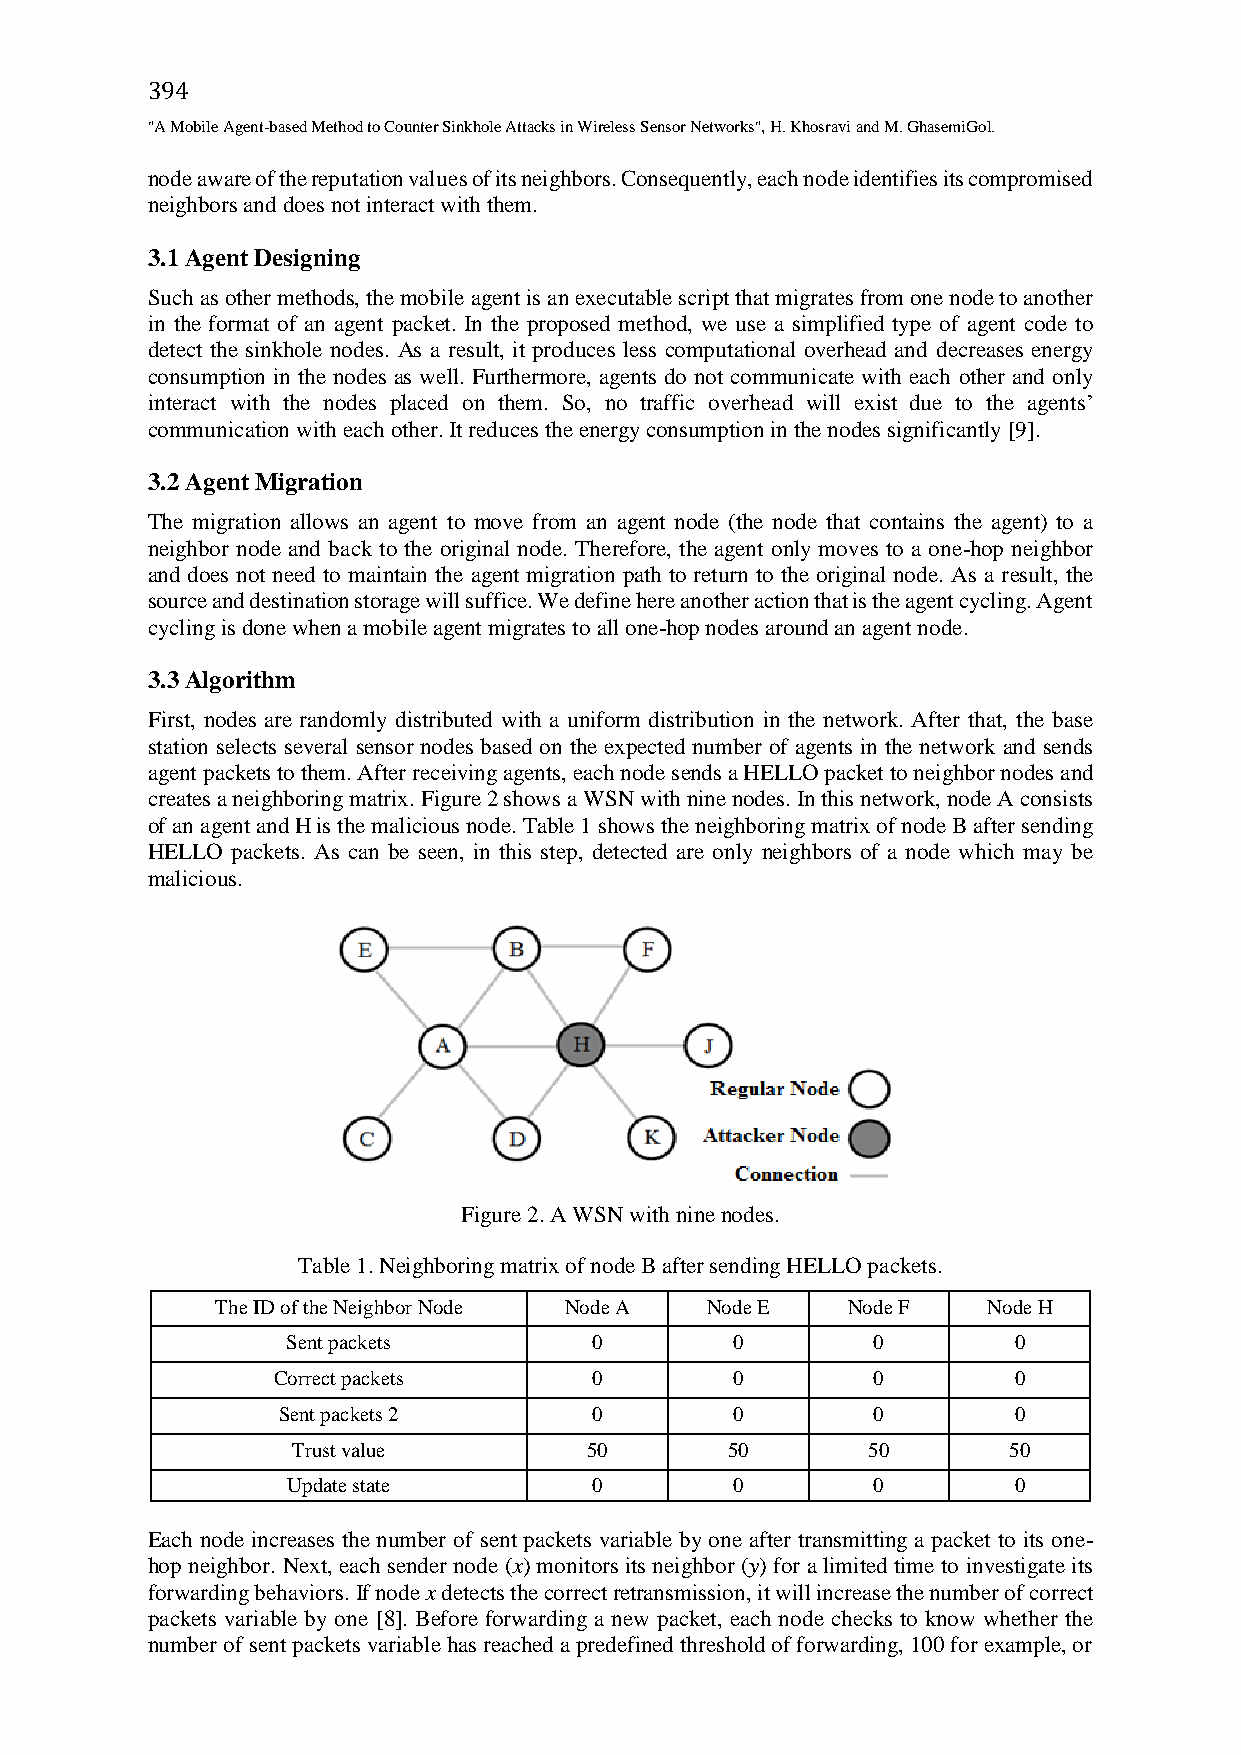
394
 "A Mobile Agent-based Method to Counter Sinkhole Attacks in Wireless Sensor Networks", H. Khosravi and M. GhasemiGol.
 node aware of the reputation values of its neighbors. Consequently, each node identifies its compromised
 neighbors and does not interact with them.
 3.1 Agent Designing
 Such as other methods, the mobile agent is an executable script that migrates from one node to another
 in the format of an agent packet. In the proposed method, we use a simplified type of agent code to
 detect the sinkhole nodes. As a result, it produces less computational overhead and decreases energy
 consumption in the nodes as well. Furthermore, agents do not communicate with each other and only
 interact with the nodes placed on them. So, no traffic overhead will exist due to the agents’
 communication with each other. It reduces the energy consumption in the nodes significantly [9].
 3.2 Agent Migration
 The migration allows an agent to move from an agent node (the node that contains the agent) to a
 neighbor node and back to the original node. Therefore, the agent only moves to a one-hop neighbor
 and does not need to maintain the agent migration path to return to the original node. As a result, the
 source and destination storage will suffice. We define here another action that is the agent cycling. Agent
 cycling is done when a mobile agent migrates to all one-hop nodes around an agent node.
 3.3 Algorithm
 First, nodes are randomly distributed with a uniform distribution in the network. After that, the base
 station selects several sensor nodes based on the expected number of agents in the network and sends
 agent packets to them. After receiving agents, each node sends a HELLO packet to neighbor nodes and
 creates a neighboring matrix. Figure 2 shows a WSN with nine nodes. In this network, node A consists
 of an agent and H is the malicious node. Table 1 shows the neighboring matrix of node B after sending
 HELLO packets. As can be seen, in this step, detected are only neighbors of a node which may be
 malicious.
 Figure 2. A WSN with nine nodes.
 Table 1. Neighboring matrix of node B after sending HELLO packets.
 The ID of the Neighbor Node Node A Node E Node F   Node H
 Sent packets        0         0        0        0
 Correct packets      0         0        0        0
 Sent packets 2       0         0        0        0
 Trust value         50       50       50        50
 Update state        0         0        0        0
 Each node increases the number of sent packets variable by one after transmitting a packet to its one-
 hop neighbor. Next, each sender node (x) monitors its neighbor (y) for a limited time to investigate its
 forwarding behaviors. If node x detects the correct retransmission, it will increase the number of correct
 packets variable by one [8]. Before forwarding a new packet, each node checks to know whether the
 number of sent packets variable has reached a predefined threshold of forwarding, 100 for example, or